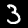
Label: 3